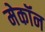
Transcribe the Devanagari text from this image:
मेकॉन